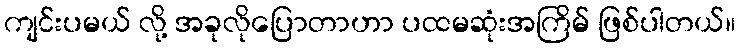
ကျင်းပမယ် လို့ အခုလိုပြောတာဟာ ပထမဆုံးအကြိမ် ဖြစ်ပါတယ်။